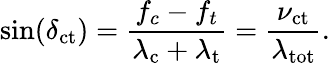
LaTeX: \sin(\delta_{\mathrm{ct}})=\frac{f_{c}-f_{t}}{\lambda_{\mathrm{c}}+\lambda_{\mathrm{t}}}=\frac{\nu_{\mathrm{ct}}}{\lambda_{\mathrm{tot}}}.